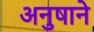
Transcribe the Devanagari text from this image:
अनुषाने